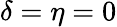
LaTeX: \delta=\eta=0